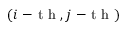
( i \mathrm { ~ - ~ t ~ h ~ } , j \mathrm { ~ - ~ t ~ h ~ } )